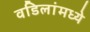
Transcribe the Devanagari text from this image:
वडिलांमध्ये